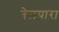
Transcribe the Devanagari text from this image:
बेलपारा